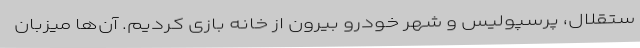
ستقلال، پرسپولیس و شهر خودرو بیرون از خانه بازی کردیم. آن‌ها میزبان